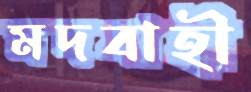
মদবাহী